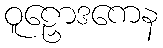
ဝူဠှောဒကေန